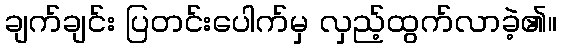
ချက်ချင်း ပြတင်းပေါက်မှ လှည့်ထွက်လာခဲ့၏။